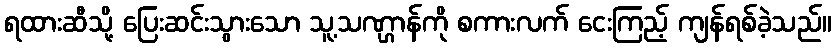
ရထားဆီသို့ ပြေးဆင်းသွားသော သူ့သဏ္ဌာန်ကို စကားလက် ငေးကြည့် ကျန်ရစ်ခဲ့သည်။